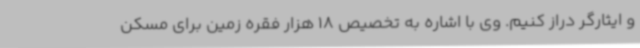
و ایثارگر دراز کنیم. وی با اشاره به تخصیص 18 هزار فقره زمین برای مسکن